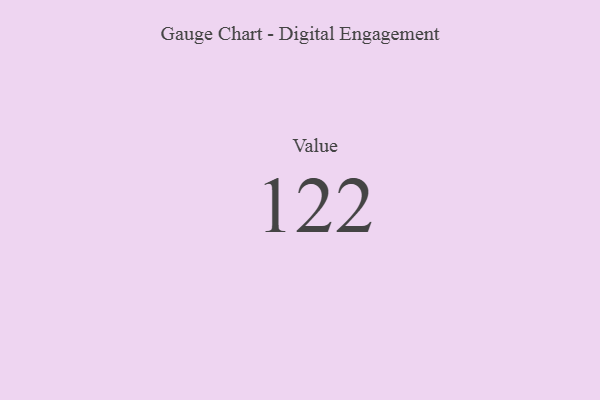
{"axis": {"x": "Metric", "y": "Value"}, "legend": [""], "data": [{"x": "Value", "y": 122, "type": ""}]}